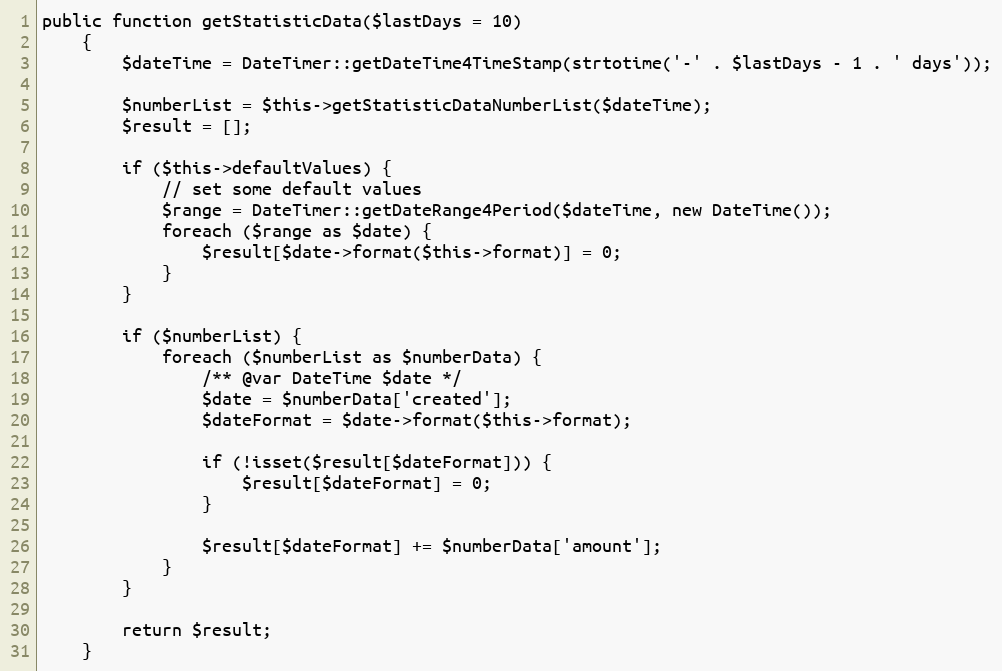
Language: PHP
public function getStatisticData($lastDays = 10)
    {
        $dateTime = DateTimer::getDateTime4TimeStamp(strtotime('-' . $lastDays - 1 . ' days'));

        $numberList = $this->getStatisticDataNumberList($dateTime);
        $result = [];

        if ($this->defaultValues) {
            // set some default values
            $range = DateTimer::getDateRange4Period($dateTime, new DateTime());
            foreach ($range as $date) {
                $result[$date->format($this->format)] = 0;
            }
        }

        if ($numberList) {
            foreach ($numberList as $numberData) {
                /** @var DateTime $date */
                $date = $numberData['created'];
                $dateFormat = $date->format($this->format);

                if (!isset($result[$dateFormat])) {
                    $result[$dateFormat] = 0;
                }

                $result[$dateFormat] += $numberData['amount'];
            }
        }

        return $result;
    }